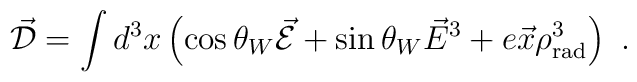
\vec{\cal D} = \int d^3x \left( \cos \theta_W \vec{\cal E} + \sin \theta_W\vec{E}^3 + e \vec{x} \rho^3_{\rm rad} \right) \ .